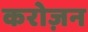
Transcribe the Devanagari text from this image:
करोज़न